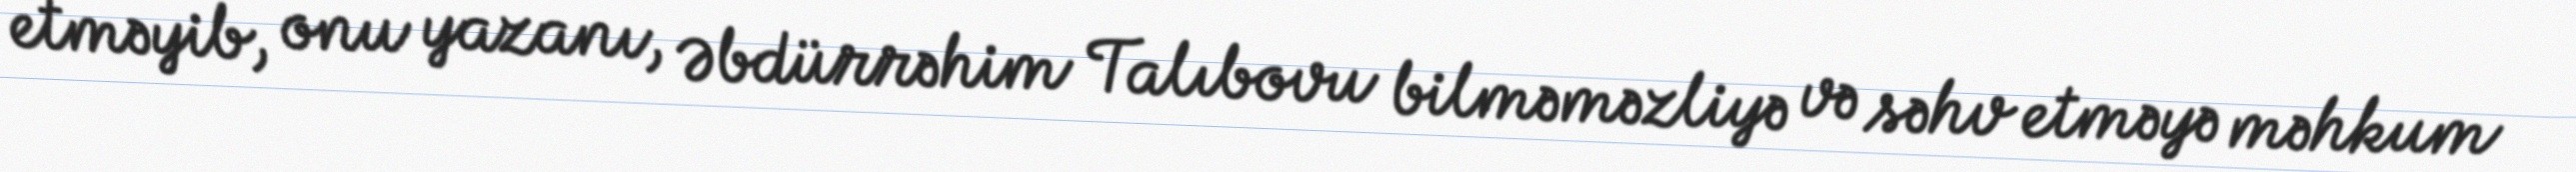
etməyib, onu yazanı, Əbdürrəhim Talıbovu bilməməzliyə və səhv etməyə məhkum